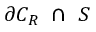
\partial C _ { R } ~ \cap ~ S